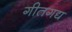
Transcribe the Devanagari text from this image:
गीतगद्य